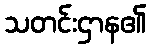
သတင်းဌာန၏